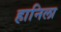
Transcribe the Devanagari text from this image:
हानिला